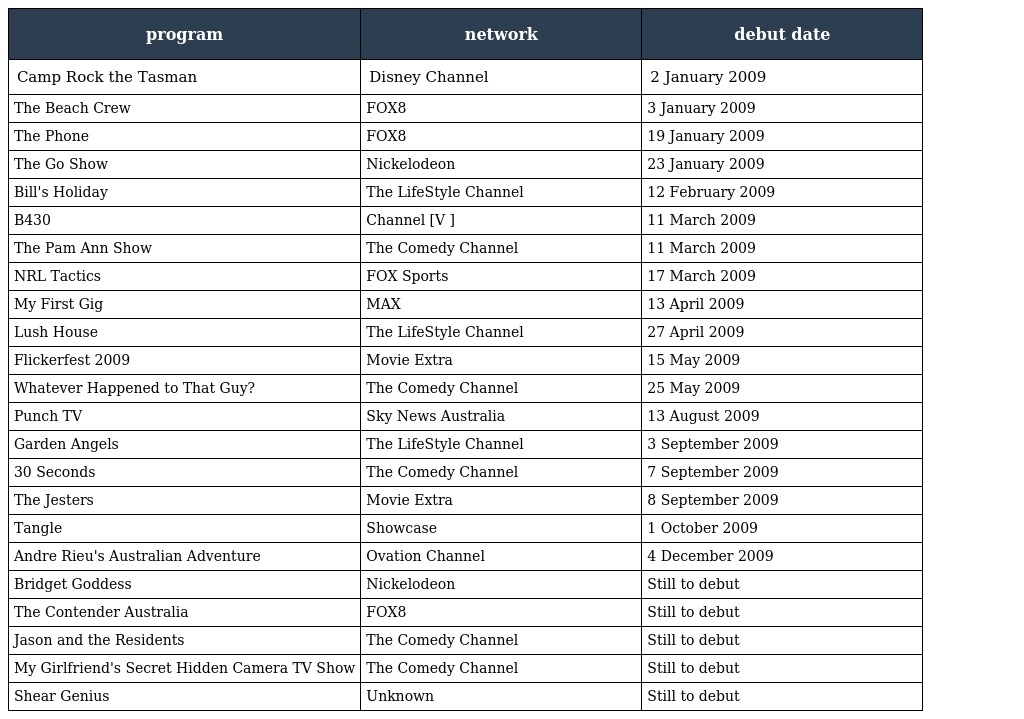
| program | network | debut date |
 | --- | --- | --- |
 | Camp Rock the Tasman | Disney Channel | 2 January 2009 |
 | The Beach Crew | FOX8 | 3 January 2009 |
 | The Phone | FOX8 | 19 January 2009 |
 | The Go Show | Nickelodeon | 23 January 2009 |
 | Bill's Holiday | The LifeStyle Channel | 12 February 2009 |
 | B430 | Channel [V ] | 11 March 2009 |
 | The Pam Ann Show | The Comedy Channel | 11 March 2009 |
 | NRL Tactics | FOX Sports | 17 March 2009 |
 | My First Gig | MAX | 13 April 2009 |
 | Lush House | The LifeStyle Channel | 27 April 2009 |
 | Flickerfest 2009 | Movie Extra | 15 May 2009 |
 | Whatever Happened to That Guy? | The Comedy Channel | 25 May 2009 |
 | Punch TV | Sky News Australia | 13 August 2009 |
 | Garden Angels | The LifeStyle Channel | 3 September 2009 |
 | 30 Seconds | The Comedy Channel | 7 September 2009 |
 | The Jesters | Movie Extra | 8 September 2009 |
 | Tangle | Showcase | 1 October 2009 |
 | Andre Rieu's Australian Adventure | Ovation Channel | 4 December 2009 |
 | Bridget Goddess | Nickelodeon | Still to debut |
 | The Contender Australia | FOX8 | Still to debut |
 | Jason and the Residents | The Comedy Channel | Still to debut |
 | My Girlfriend's Secret Hidden Camera TV Show | The Comedy Channel | Still to debut |
 | Shear Genius | Unknown | Still to debut |